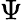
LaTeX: \Psi